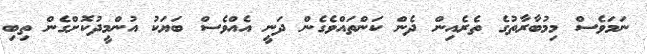
ނަމަވެސް މިމުބާރާތުގެ ތެރެއިންް ދެން ކަންތައްވެގެން ދަނީ އެއްވެސް ބަޔަކު އުންމީދުކޮށްގެން ތިބި